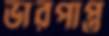
ভারপাপ্ত